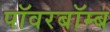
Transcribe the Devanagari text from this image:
पॉवरबॉम्ब